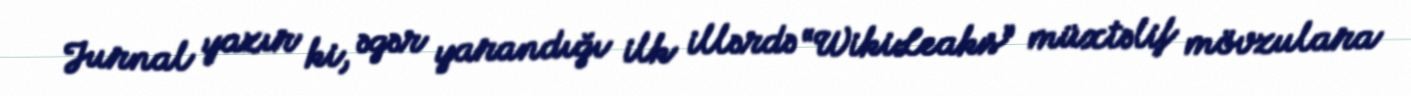
Jurnal yazır ki, əgər yarandığı ilk illərdə “WikiLeaks” müxtəlif mövzulara